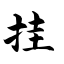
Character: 挂